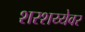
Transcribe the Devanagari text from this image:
शरशय्येवर